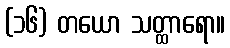
(၁၆) တယော သတ္ထာရော။